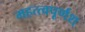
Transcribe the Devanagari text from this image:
महत्त्वपूर्णश्